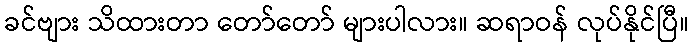
ခင်ဗျား သိထားတာ တော်တော် များပါလား။ ဆရာဝန် လုပ်နိုင်ပြီ။